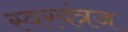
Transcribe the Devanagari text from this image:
स्वरयंत्रज